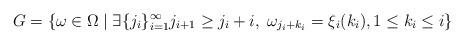
LaTeX: \begin{align*}G=\{\omega\in\Omega \mid \exists \{j_{i}\}_{i=1}^{\infty}j_{i+1}\geq j_{i}+i, \; \omega_{j_{i}+k_{i}}=\xi_{i}(k_{i}),1\leq k_{i}\leq i\}\end{align*}